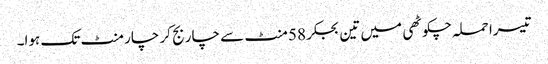
تیسرا حملہ چکوٹھی میں تین بجکر 58 منٹ سے چار بج کر چار منٹ تک ہوا۔